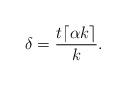
LaTeX: \begin{align*}\delta = \frac{t \lceil \alpha k \rceil}{k}. \end{align*}